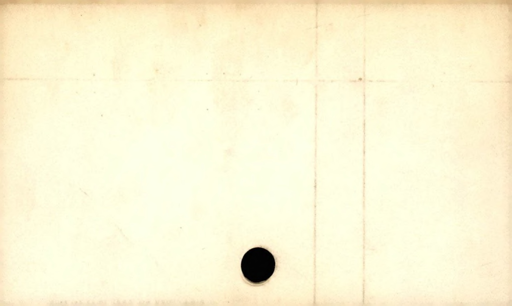
Label: blank